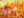
ميو